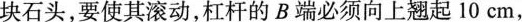
块石头，要使其滚动，杠杆的 B 端必须向上翘起10cm，